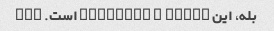
بله، این henrylee @ yahoo است. com